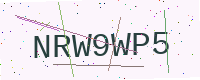
Text: NRW9WP5